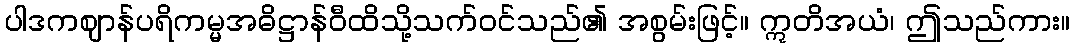
ပါဒကဈာန်ပရိကမ္မအဓိဋ္ဌာန်ဝီထိသို့သက်ဝင်သည်၏ အစွမ်းဖြင့်။ ဣတိအယံ၊ ဤသည်ကား။